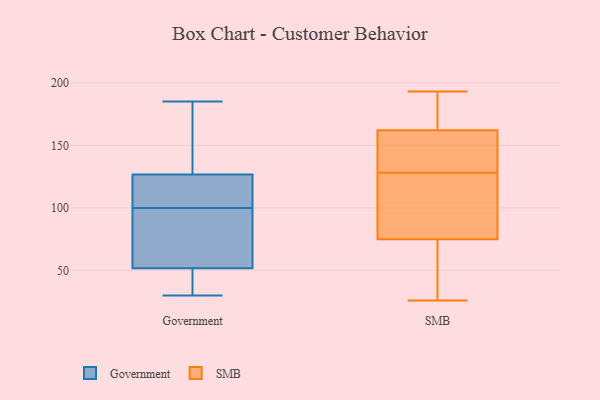
{"axis": {"x": "Production Output", "y": "Value"}, "legend": ["Government", "SMB"], "data": [{"x": "", "y": 123, "type": "Government"}, {"x": "", "y": 115, "type": "Government"}, {"x": "", "y": 185, "type": "Government"}, {"x": "", "y": 31, "type": "Government"}, {"x": "", "y": 128, "type": "Government"}, {"x": "", "y": 143, "type": "Government"}, {"x": "", "y": 36, "type": "Government"}, {"x": "", "y": 58, "type": "Government"}, {"x": "", "y": 153, "type": "Government"}, {"x": "", "y": 50, "type": "Government"}, {"x": "", "y": 66, "type": "Government"}, {"x": "", "y": 57, "type": "Government"}, {"x": "", "y": 30, "type": "Government"}, {"x": "", "y": 100, "type": "Government"}, {"x": "", "y": 118, "type": "Government"}, {"x": "", "y": 95, "type": "SMB"}, {"x": "", "y": 51, "type": "SMB"}, {"x": "", "y": 129, "type": "SMB"}, {"x": "", "y": 162, "type": "SMB"}, {"x": "", "y": 127, "type": "SMB"}, {"x": "", "y": 191, "type": "SMB"}, {"x": "", "y": 26, "type": "SMB"}, {"x": "", "y": 139, "type": "SMB"}, {"x": "", "y": 75, "type": "SMB"}, {"x": "", "y": 193, "type": "SMB"}]}